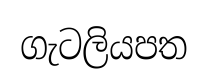
ගැටලියපත